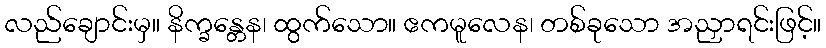
လည်ချောင်းမှ။ နိက္ခန္တေန၊ ထွက်သော။ ဧကမူလေန၊ တစ်ခုသော အညှာရင်းဖြင့်။